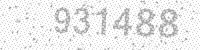
Solution: 931488